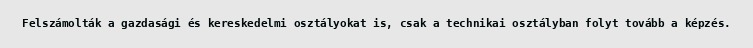
Felszámolták a gazdasági és kereskedelmi osztályokat is, csak a technikai osztályban folyt tovább a képzés.